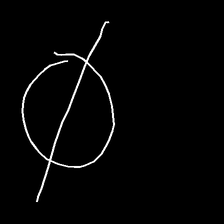
Glyph: orb